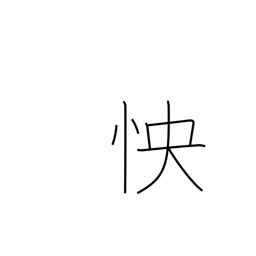
Meaning: grudge